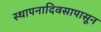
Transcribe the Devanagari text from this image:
स्थापनादिवसापासून